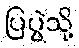
ပြပွဲသို့